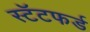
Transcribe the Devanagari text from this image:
स्टॅटफर्ड